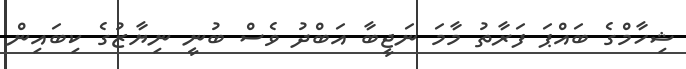
ޝިހާމްގެ ބައްޕަ ފަރާތު މާމަ ނަޖީބާ އަބްދު ވެސް ބުނީ ނިޔާޒުގެ ކިބައިން